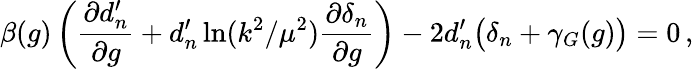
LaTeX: \beta(g)\left(\frac{\partial d_{n}^{\prime}}{\partial g}+d_{n}^{\prime}\ln(k^{2}/\mu^{2})\frac{\partial\delta_{n}}{\partial g}\right)-2d_{n}^{\prime}\big(\delta_{n}+\gamma_{G}(g)\big)=0\, ,